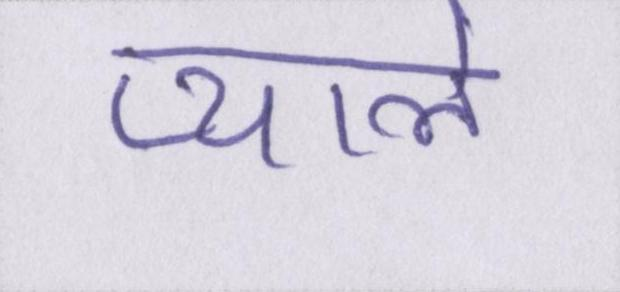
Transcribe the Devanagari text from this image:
प्याले